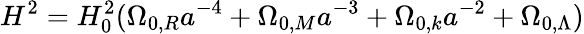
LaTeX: {H^{2}}=H_{0}^{2}(\Omega_{0,R}a^{-4}+\Omega_{0,M}a^{-3}+\Omega_{0,k}a^{-2}+\Omega_{0,\Lambda})